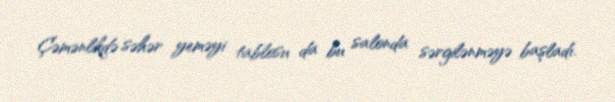
Çəmənlikdə səhər yeməyi tablosu da bu salonda sərgilənməyə başladı.